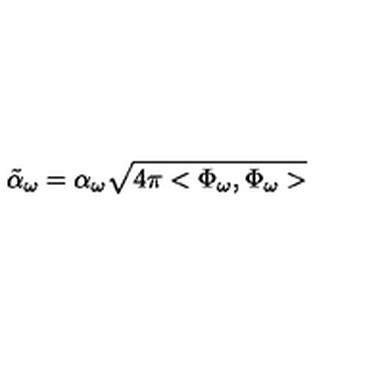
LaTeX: \tilde { \alpha } _ { \omega } = \alpha _ { \omega } \sqrt { 4 \pi < \Phi _ { \omega } , \Phi _ { \omega } > }